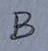
Text: B